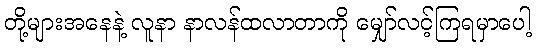
တို့များအနေနဲ့ လူနာ နာလန်ထလာတာကို မျှော်လင့်ကြရမှာပေါ့